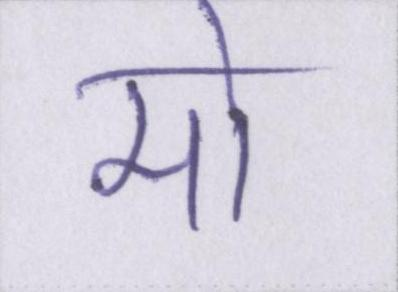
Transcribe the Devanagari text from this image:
मो